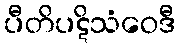
ပီတိပဋိသံဝေဒီ